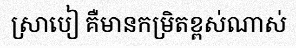
ស្រាបៀ គឺមានកម្រិតខ្ពស់ណាស់